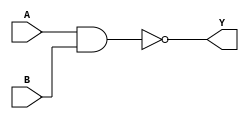
module NAND_gate_delay (
    input A,
    input B,
    output reg Y
);

reg delay;

always @ (A, B)
begin
    delay = ~(A & B);
    Y <= #10 delay;
end

endmodule